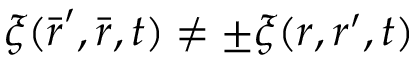
\xi ( \bar { \boldsymbol { r } } ^ { \prime } , \bar { \boldsymbol { r } } , t ) \neq \pm \xi ( \boldsymbol { r } , \boldsymbol { r } ^ { \prime } , t )